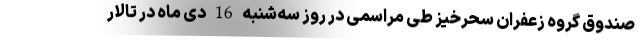
صندوق گروه زعفران سحرخیز طی مراسمی در روز سه‌شنبه 16 دی ماه در تالار